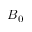
B _ { 0 }